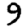
Digit: 9